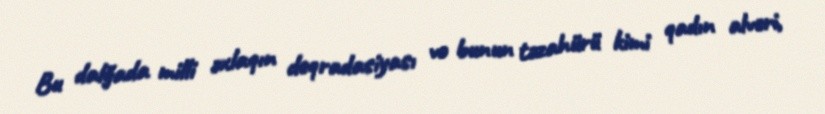
Bu dalğada milli əxlaqın deqradasiyası və bunun təzahürü kimi qadın alveri,